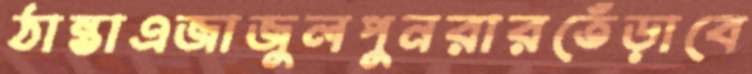
ঠান্তাএজাজুলপুনরারতেঁড়াবে